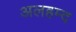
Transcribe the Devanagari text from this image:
अलहम्द